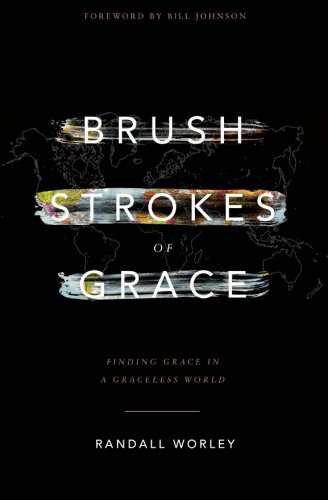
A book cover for Brush Strokes of Grace: Finding Grace In A Graceless World; Randall Worley; Christian Books & Bibles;